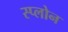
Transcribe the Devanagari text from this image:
स्प्लोन